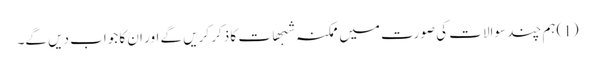
(1) ہم چند سوالات کی صورت میں ممکنہ شبھات کا ذکر کریں گے اور ان کا جواب دیں گے۔